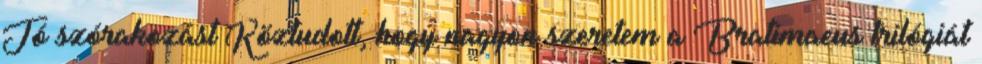
Jó szórakozást Köztudott, hogy nagyon szeretem a Bratimaeus trilógiát